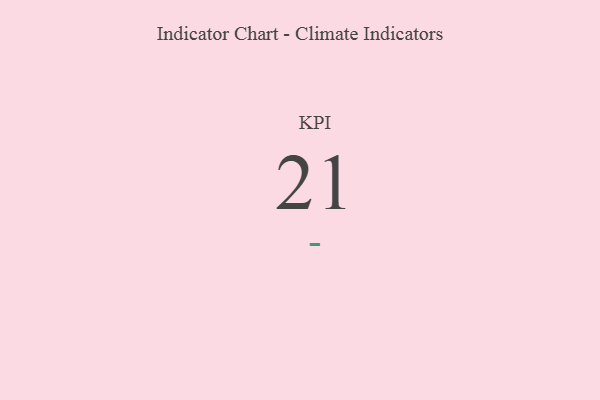
{"axis": {"x": "KPI", "y": "Value"}, "legend": [""], "data": [{"x": "KPI", "y": 21, "type": ""}]}